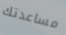
مساعدتك